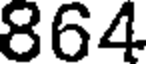
864